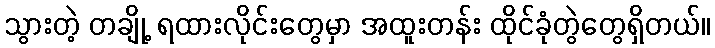
သွားတဲ့ တချို့ ရထားလိုင်းတွေမှာ အထူးတန်း ထိုင်ခုံတွဲတွေရှိတယ်။